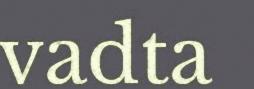
vadta